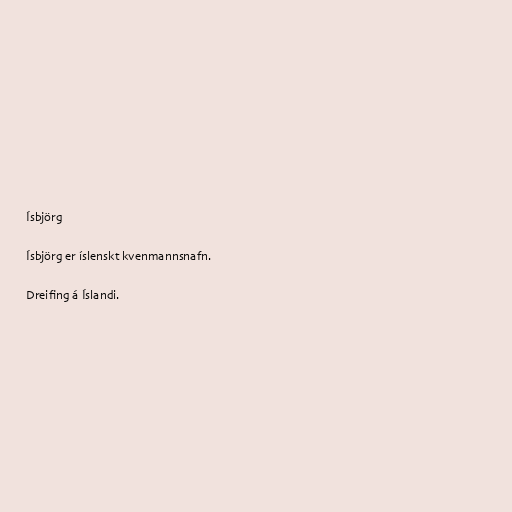
Ísbjörg

Ísbjörg er íslenskt kvenmannsnafn.

Dreifing á Íslandi.